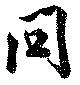
問